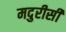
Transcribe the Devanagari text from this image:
मदुरीसी